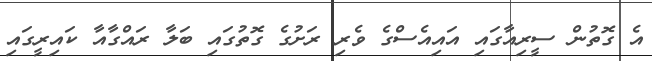
އެ ގޮތުން ސީރިއާގައި އައިއެސްގެ ވެރި ރަށުގެ ގޮތުގައި ބަލާ ރައްގާއާ ކައިރީގައި